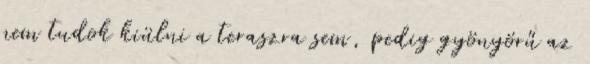
nem tudok kiülni a teraszra sem, pedig gyönyörű az